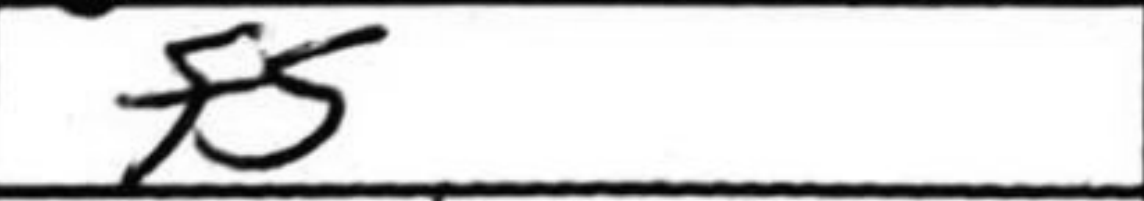
Transcription: f5